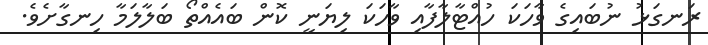
ރަނގަޅު ނުބައިގެ ވާހަކަ ހުއްޓާލާފާއި ވާހަކަ ލިޔަނީ ކޮން ބައެއްތޯ ބަލާލަމާ ހިނގާށެވެ.